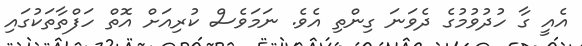
އެއީ ގާ ހުދުވުމުގެ ދެވަނަ ގިންތި އެވެ. ނަމަވެސް ކުރިއަށް އޮތް ހަފްތާތަކުގައި